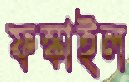
ফস্‌কাইল